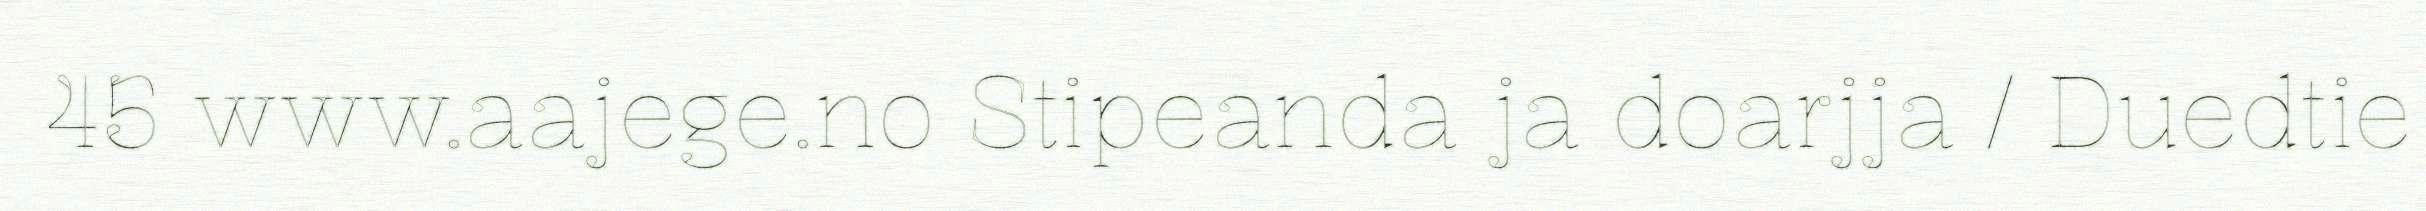
45 www.aajege.no Stipeanda ja doarjja / Duedtie